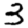
Digit: 3